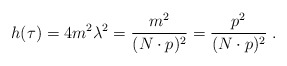
\begin{align*} h (\tau) = 4 m^2 \lambda^2 = \frac{m^2}{(N \cdot p)^2} = \frac{p^2}{(N \cdot p)^2} \; .\end{align*}